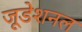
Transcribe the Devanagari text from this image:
जूडेशनल